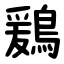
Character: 鶢